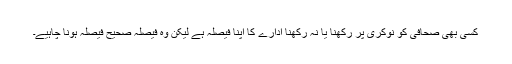
کسی بھی صحافی کو نوکری پر رکھنا یا نہ رکھنا ادارے کا اپنا فیصلہ ہے لیکن وہ فیصلہ صحیح فیصلہ ہونا چاہیے۔